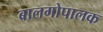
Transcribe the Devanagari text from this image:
बालगोपालक